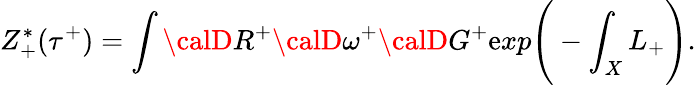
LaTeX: Z_{+}^{*}(\tau^{+})=\int{\calD}R^{+}{\calD}\omega^{+}{\calD}G^{+}\mathrm{e}xp\Bigg(-\int_{X}L_{+}\Bigg).